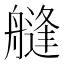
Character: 𦪎